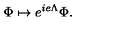
\Phi \mapsto e ^ { i e \Lambda } \Phi .